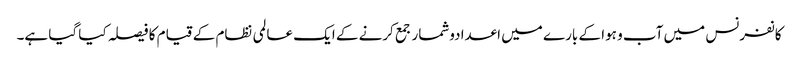
کانفرنس میں آب و ہوا کے بارے میں اعدادوشمار جمع کرنے کے ایک عالمی نظام کے قیام کا فیصلہ کیا گیا ہے۔